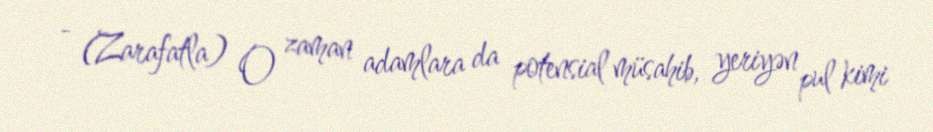
- (Zarafatla) O zaman adamlara da potensial müsahib, yeriyən pul kimi